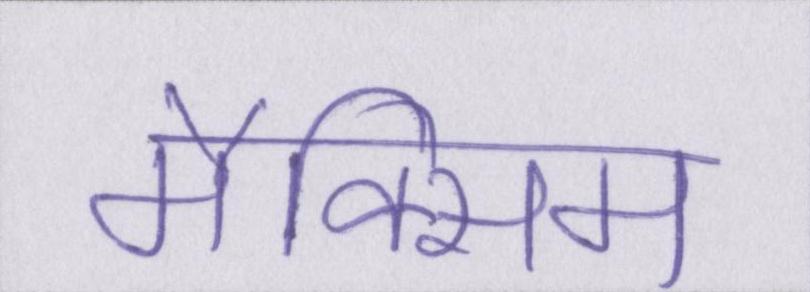
मैक्सिम